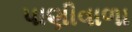
પાણીવાળા